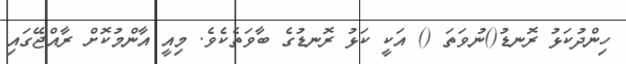
ހިންދުކަޅު ރޮނޑު()ނުވަތަ () އަކީ ކަޅު ރޮނޑުގެ ބާވަތެކެވެ. މިއީ އާންމުކޮށް ރާއްޖޭގައި